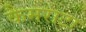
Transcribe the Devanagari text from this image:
कैमराटा